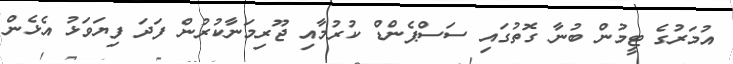
އުމަރުގެ ޓީމުން ބުނާ ގޮތުގައި ސަސްޕެންޑް ކުރުމާއި ޖޫރިމަނާކުރުން ފަދަ ފިޔަވަޅު އެޅެން